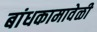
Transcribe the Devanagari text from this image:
बांधकामावेळी